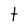
Character: t